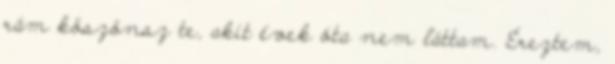
rám köszönsz te, akit évek óta nem láttam. Éreztem,